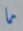
ما